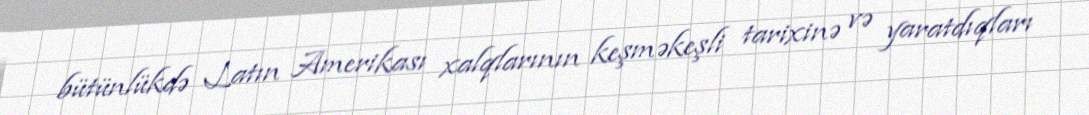
bütünlükdə Latın Amerikası xalqlarının keşməkeşli tarixinə və yaratdıqları